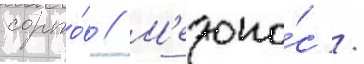
сорто́в // М'едоно́с /